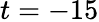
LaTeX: t=-15